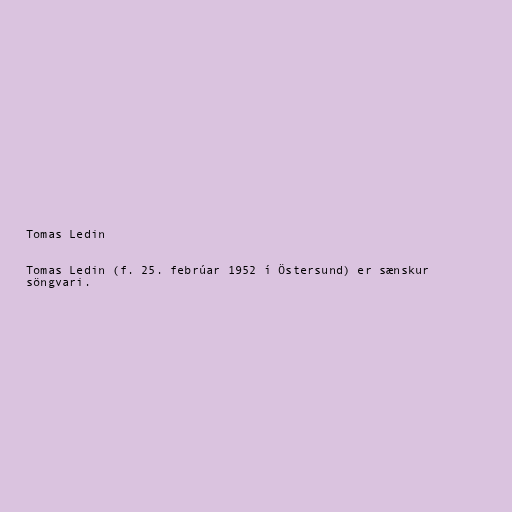
Tomas Ledin

Tomas Ledin (f. 25. febrúar 1952 í Östersund) er sænskur
söngvari.